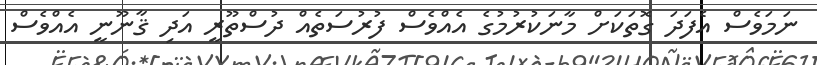
ނަމަވެސް އެފަދަ ގޮތަކަށް މާނަކުރުމުގެ އެއްވެސް ފުރުސަތެއް ދުސްތޫރީ އަދި ޤާނޫނީ އެއްވެސް